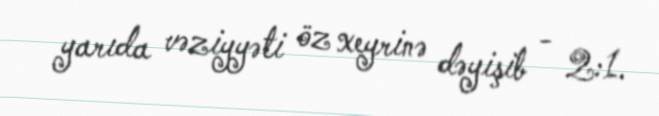
yarıda vəziyyəti öz xeyrinə dəyişib - 2:1.